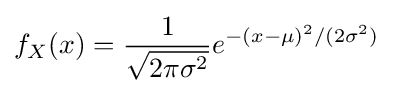
f_{X}(x)={\frac {1}{\sqrt {2\pi \sigma ^{2}}}}e^{-(x-\mu )^{2}/(2\sigma ^{2})}